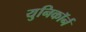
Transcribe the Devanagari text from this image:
युनिकॉर्न